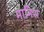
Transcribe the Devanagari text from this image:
मानिश